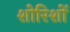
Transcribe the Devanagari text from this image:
शोरिशों